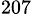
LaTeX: ^{207}